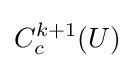
C_{c}^{k+1}(U)